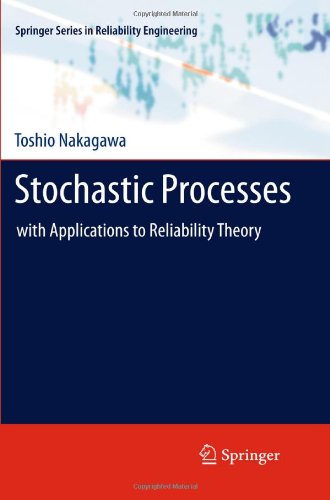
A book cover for Stochastic Processes: with Applications to Reliability Theory (Springer Series in Reliability Engineering); Toshio Nakagawa; Business & Money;